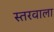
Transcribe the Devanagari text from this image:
स्तरवाला